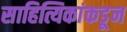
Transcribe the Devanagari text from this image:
साहित्यिकांकडून